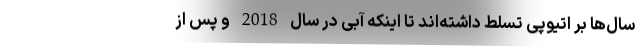
سال‌ها بر اتیوپی تسلط داشته‌اند تا اینکه آبی در سال 2018 و پس از